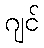
ဂျင်